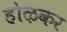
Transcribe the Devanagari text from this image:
होऴकर